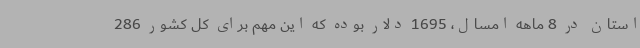
استان در 8 ماهه امسال، 1695 دلار بوده که این مهم برای کل کشور 286